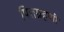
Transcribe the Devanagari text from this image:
पित्तग्रहणी